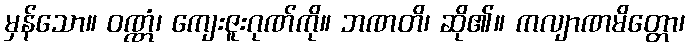
မှန်သော။ ဝဏ္ဏံ၊ ကျေးဇူးဂုဏ်ကို။ ဘဏတိ၊ ဆို၏။ ကလျာဏမိတ္တော၊